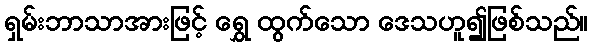
ရှမ်းဘာသာအားဖြင့် ရွှေ ထွက်သော ဒေသဟူ၍ဖြစ်သည်။